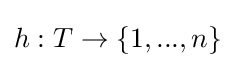
h:T\to \{1,...,n\}